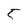
Character: 5